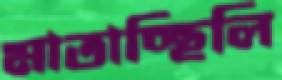
মাতাচ্ছিলি